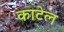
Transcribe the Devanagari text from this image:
काटेल